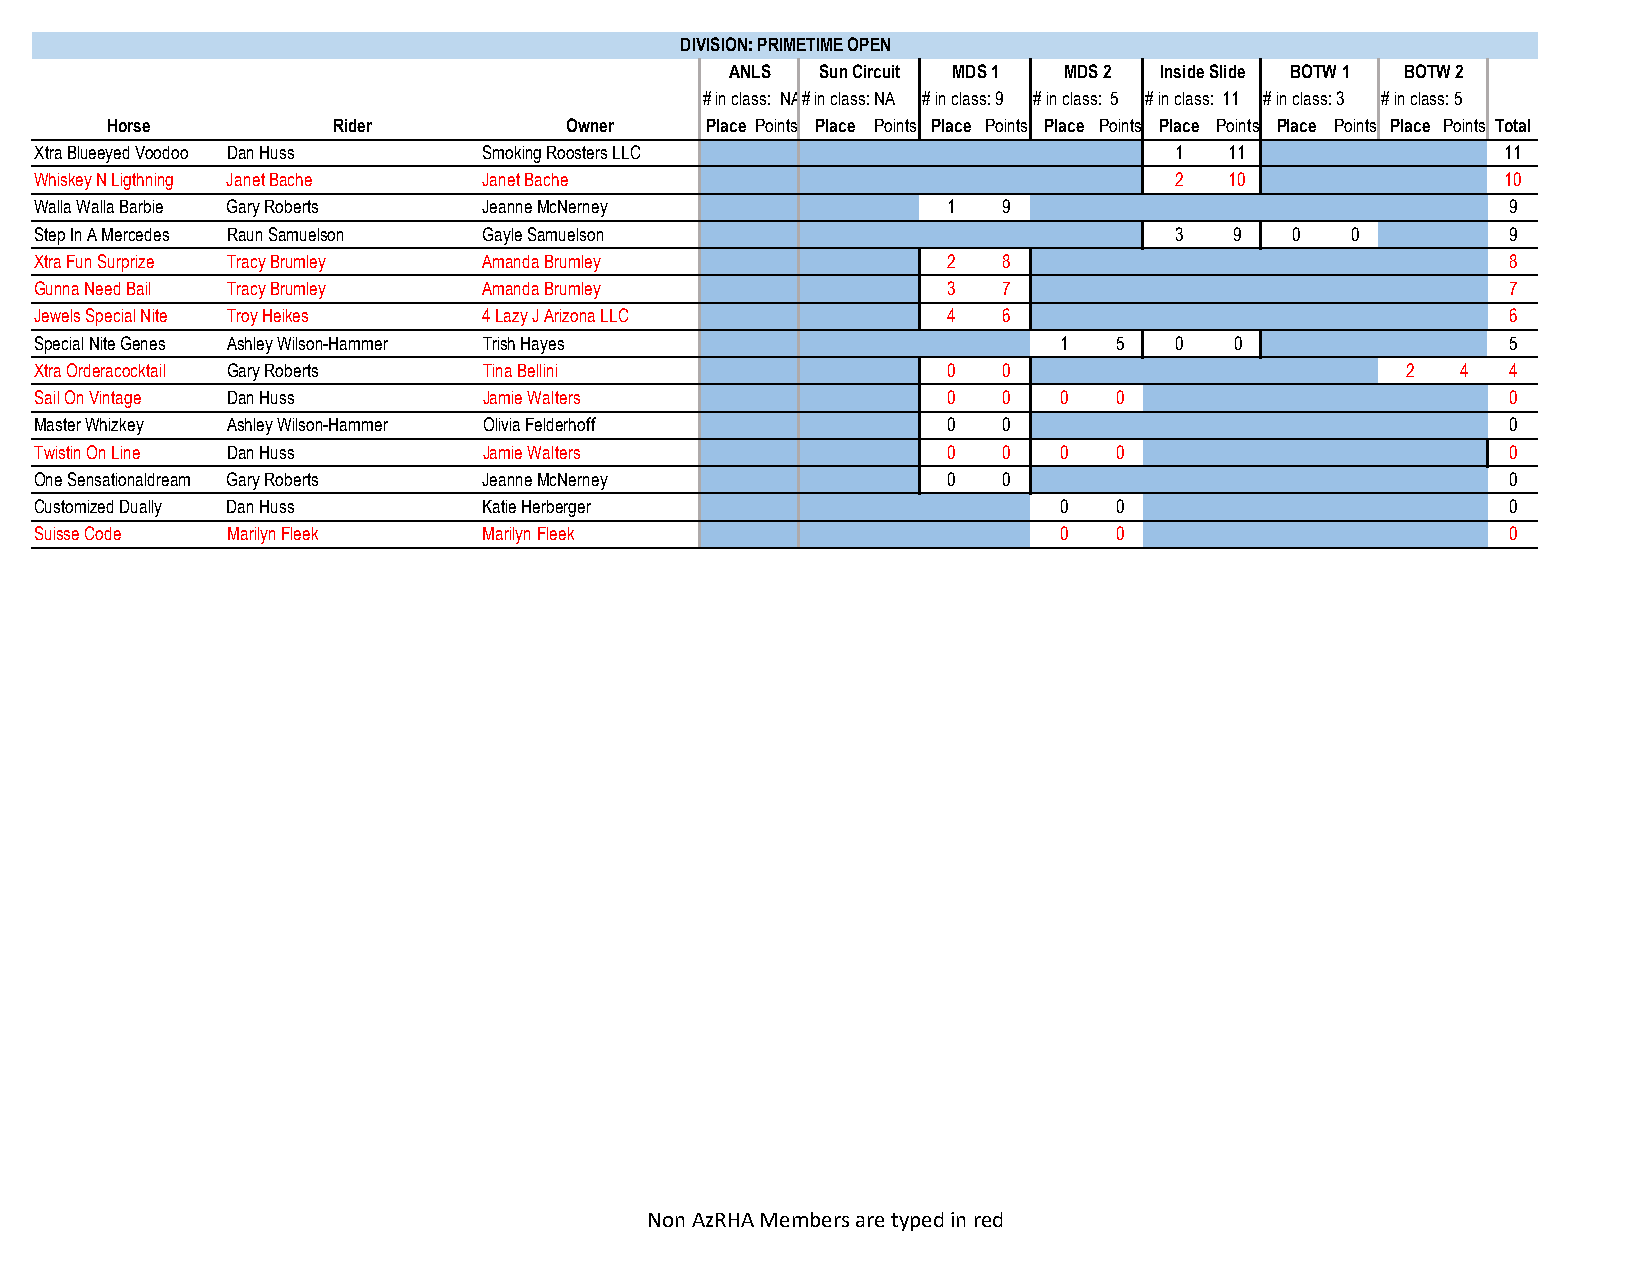
DIVISION: PRIMETIME OPEN
 ANLS  Sun Circuit MDS 1 MDS 2 Inside Slide BOTW 1 BOTW 2
 # in class: NA# in class: NA # in class: 9 # in class: 5 # in class: 11 # in class: 3 # in class: 5
 Horse          Rider          Owner     Place Points Place Points Place Points Place Points Place Points Place Points Place Points Total
 Xtra Blueeyed Voodoo Dan Huss Smoking Roosters LLC                          1  11                 11
 Whiskey N Ligthning Janet Bache Janet Bache                                 2  10                 10
 Walla Walla Barbie Gary Roberts Jeanne McNerney              1  9                                 9
 Step In A Mercedes Raun Samuelson Gayle Samuelson                           3   9   0  0          9
 Xtra Fun Surprize Tracy Brumley Amanda Brumley               2  8                                 8
 Gunna Need Bail Tracy Brumley Amanda Brumley                 3  7                                 7
 Jewels Special Nite Troy Heikes 4 Lazy J Arizona LLC         4  6                                 6
 Special Nite Genes Ashley Wilson-Hammer Trish Hayes                 1   5   0   0                 5
 Xtra Orderacocktail Gary Roberts Tina Bellini                0  0                          2   4  4
 Sail On Vintage Dan Huss      Jamie Walters                  0  0   0   0                         0
 Master Whizkey Ashley Wilson-Hammer Olivia Felderhoff        0  0                                 0
 Twistin On Line Dan Huss      Jamie Walters                  0  0   0   0                         0
 One Sensationaldream Gary Roberts Jeanne McNerney            0  0                                 0
 Customized Dually Dan Huss    Katie Herberger                       0   0                         0
 Suisse Code  Marilyn Fleek    Marilyn Fleek                         0   0                         0
 Non AzRHA Members are typed in red